Civil Veterinary Department Bihar & Orissa reports 1929-36 - 1929-1936
Year: 1929
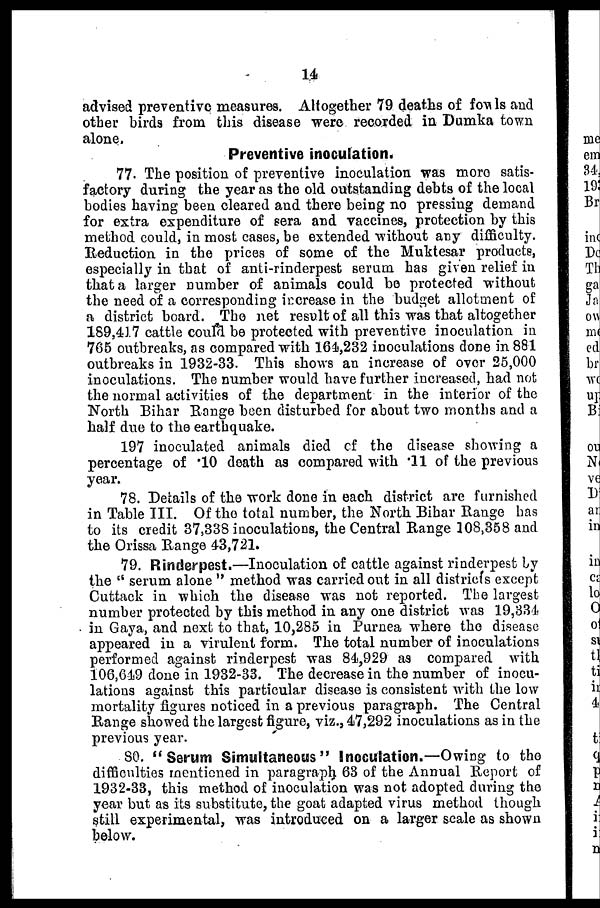
14
advised preventive measures. Altogether 79 deaths of fowls and
other birds from this disease were recorded in Dumka town
alone.
Preventive inoculation.
77. The position of preventive inoculation was more satis-
factory during the year as the old outstanding debts of the local
bodies having been cleared and there being no pressing demand
for extra expenditure of sera and vaccines, protection by this
method could, in most cases, be extended without any difficulty.
Reduction in the prices of some of the Muktesar products,
especially in that of anti-rinderpest serum has given relief in
that a larger number of animals could bo protected without
the need of a corresponding increase in the budget allotment of
a district board. The net result of all this was that altogether
189,417 cattle could be protected with preventive inoculation in
765 outbreaks, as compared with 164,232 inoculations done in 881
outbreaks in 1932-33. This shows an increase of over 25,000
inoculations. The number would have further increased, had not
the normal activities of the department in the interior of the
North Bihar Kongo been disturbed for about two months and a
half due to the earthquake.
197 inoculated animals died of the disease showing a
percentage of .10 death as compared with .11 of the previous
year.
78. Details of the work done in each district are furnished
in Table III. Of the total number, the North Bihar Range has
to its credit 37,338 inoculations, the Central Range 108,358 and
the Orissa Range 43,721.
79. Rinderpest.—Inoculation of cattle against rinderpest by
the "serum alone" method was carried out in all districts except
Cuttack in which the disease was not reported. The largest
number protected by this method in any one district was 19,334
in Gaya, and next to that, 10,285 in Purnea where the disease
appeared in a virulent form. The total number of inoculations
performed against rinderpest was 84,929 as compared with
106,649 done in 1932-33. The decrease in the number of inocu-
lations against this particular disease is consistent with the low
mortality figures noticed in a previous paragraph. The Central
Range showed the largest figure, viz., 47,292 inoculations as in the
previous year.
80. "Serum Simultaneous" Inoculation.—Owing to the
difficulties mentioned in paragraph 63 of the Annual Report of
1932-33, this method of inoculation was not adopted during the
year but as its substitute, the goat adapted virus method though
still experimental, was introduced on a larger scale as shown
below.